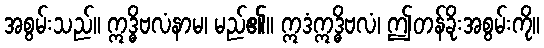
အစွမ်းသည်။ ဣဒ္ဓိဗလံနာမ၊ မည်၏။ ဣဒံဣဒ္ဓိဗလံ၊ ဤတန်ခိုးအစွမ်းကို။